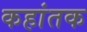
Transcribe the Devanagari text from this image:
कहांतक